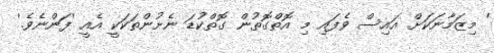
' މިޒަމާނަކަށް އައިސް ވެފައި މި އޮތްގޮތުން ގޮތްކުޑަ ނެށުންތަކަކީ އެއީ 'ފަންނެވެ.'